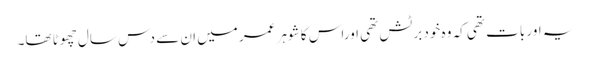
یہ اور بات تھی کہ وہ خود برٹش تھی اوراس کا شوہر عمر میں ان سے دس سال چھوٹا تھا۔